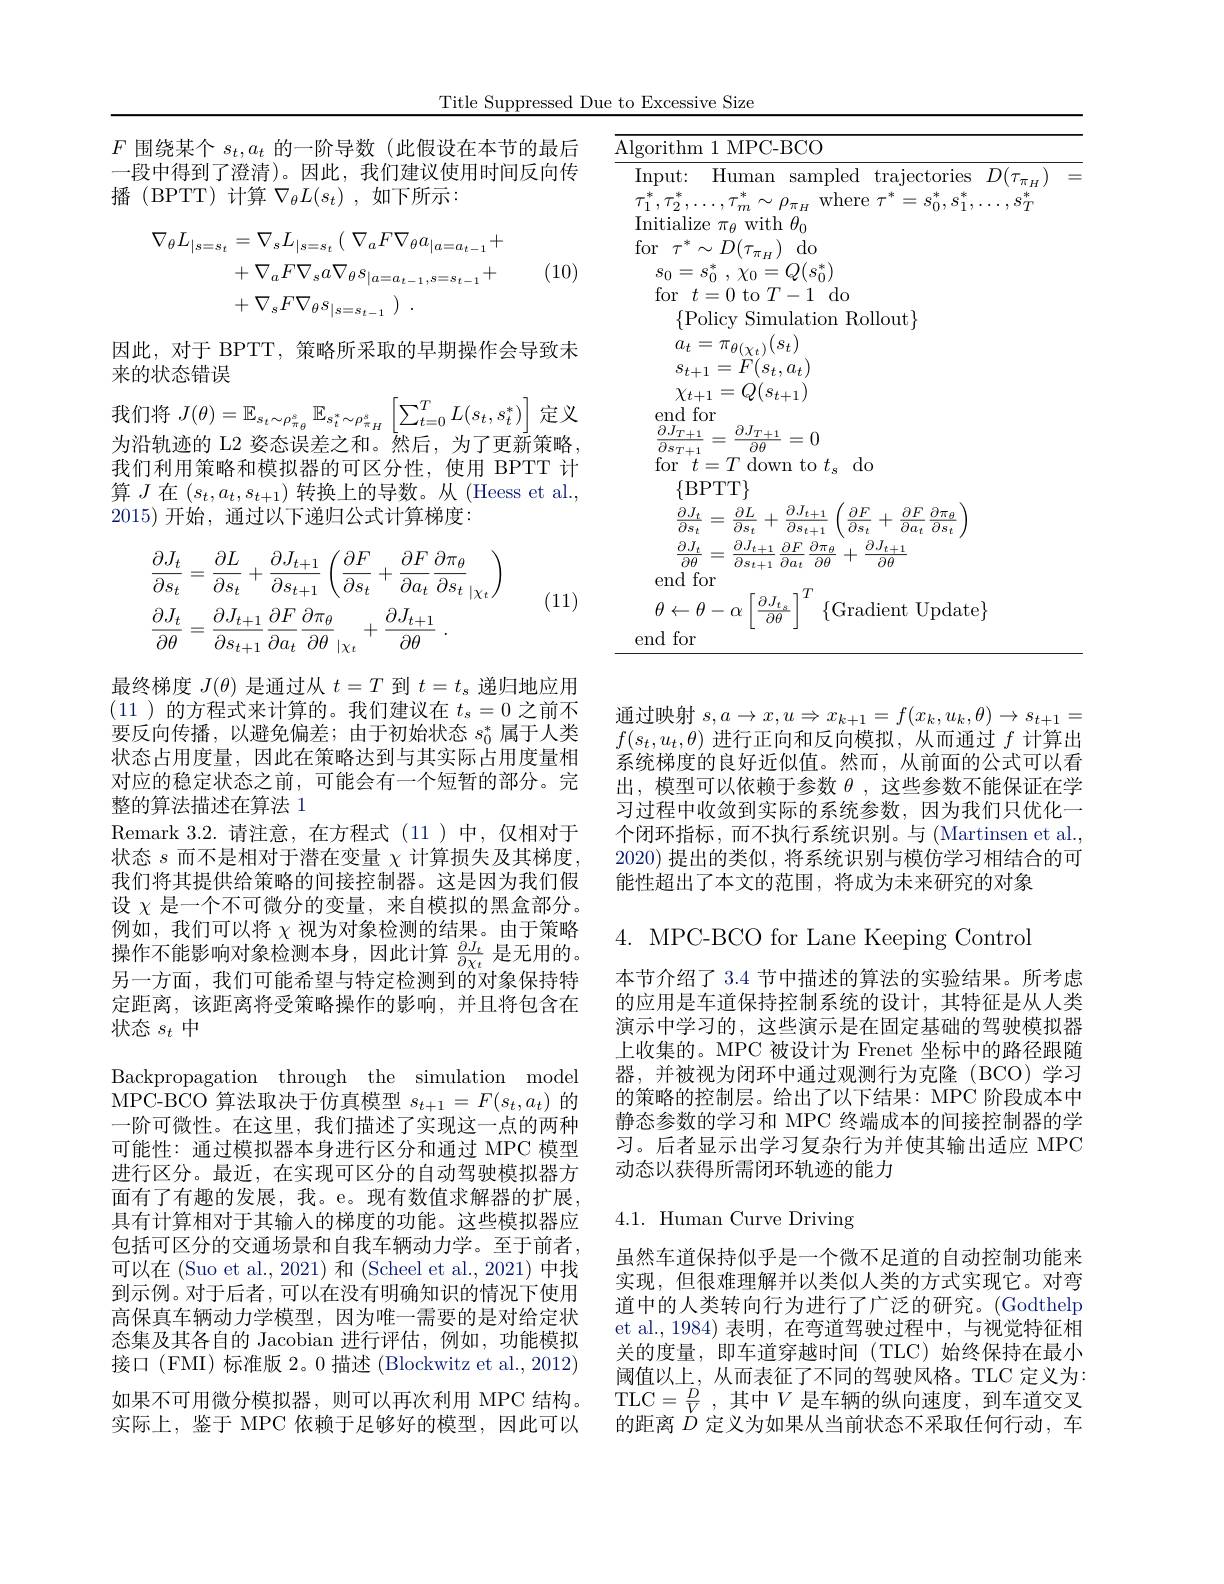
Title Suppressed Due to Excessive Size

$F$围绕某个$s_t,a_t$的一阶导数(此假设在本节的最后一段中得到了澄清)。因此，我们建议使用时间反向传播(BPTT)计算$\nabla_\theta L(s_t)$,如下所示：
$$\begin{aligned}\nabla_{\theta}L_{|s=s_{t}}&=\nabla_{s}L_{|s=s_{t}}\:(\:\nabla_{a}F\nabla_{\theta}a_{|a=a_{t-1}}+\\&+\nabla_{a}F\nabla_{s}a\nabla_{\theta}s_{|a=a_{t-1},s=s_{t-1}}+\\&+\nabla_{s}F\nabla_{\theta}s_{|s=s_{t-1}}\:)\:.\end{aligned}$$
(10)

因此，对于 BPTT, 策略所采取的早期操作会导致未
来的状态错误

我们将$J(\theta)=\mathbb{E}_{s_{t}\sim\rho_{\pi_{\theta}}^{s}}\mathbb{E}_{s_{t}^{*}\sim\rho_{\pi_{H}}^{s}}\left[\sum_{t=0}^{T}L(s_{t},s_{t}^{*})\right]$定义

为沿轨迹的 L2 姿态误差之和。然后，为了更新策略。我们利用策略和模拟器的可区分性，使用 BPTT 计算$J$在$(s_t,a_t,s_{t+1})$转换上的导数。从(Heess et al., 2015)开始，通过以下递归公式计算梯度：
$$\begin{aligned}&\frac{\partial J_{t}}{\partial s_{t}}=\frac{\partial L}{\partial s_{t}}+\frac{\partial J_{t+1}}{\partial s_{t+1}}\left(\frac{\partial F}{\partial s_{t}}+\frac{\partial F}{\partial a_{t}}\frac{\partial\pi_{\theta}}{\partial s_{t}}_{|\chi_{t}}\right)\\&\frac{\partial J_{t}}{\partial\theta}=\frac{\partial J_{t+1}}{\partial s_{t+1}}\frac{\partial F}{\partial a_{t}}\frac{\partial\pi_{\theta}}{\partial\theta}_{|\chi_{t}}+\frac{\partial J_{t+1}}{\partial\theta}\:.\end{aligned}$$
(11)

最终梯度$J(\theta)$是通过从$t=T$到$t=t_\mathrm{s}$递归地应用(11 )的方程式来计算的。我们建议在$t_s=0$之前不要反向传播，以避免偏差；由于初始状态$s_0^*$属于人类状态占用度量，因此在策略达到与其实际占用度量相对应的稳定状态之前，可能会有一个短暂的部分。完整的算法描述在算法 1
Remark 3. 2. 请注意，在方程式(11)中，仅相对于状态$s$而不是相对于潜在变量$\chi$计算损失及其梯度， 我们将其提供给策略的间接控制器。这是因为我们假设$\chi$是一个不可微分的变量，来自模拟的黑盒部分。例如，我们可以将$\chi$视为对象检测的结果。由于策略操作不能影响对象检测本身，因此计算$\frac{\partial J_t}{\partial\chi_t}$是无用的。另一方面，我们可能希望与特定检测到的对象保持特定距离，该距离将受策略操作的影响，并且将包含在状态$s_t$中
Backpropagation through the simulation model $\bar{\text{MPC-BCO 算法取决于仿真模型 }}s_{t+1}=F(s_t,a_t)$的一阶可微性。在这里，我们描述了实现这一点的两种可能性：通过模拟器本身进行区分和通过 MPC 模型进行区分。最近，在实现可区分的自动驾驶模拟器方面有了有趣的发展，我。e。现有数值求解器的扩展， 具有计算相对于其输入的梯度的功能。这些模拟器应包括可区分的交通场景和自我车辆动力学。至于前者， 可以在 (Suo et al., 2021) 和 (Scheel et al., 2021) 中找到示例。对于后者，可以在没有明确知识的情况下使用高保真车辆动力学模型，因为唯一需要的是对给定状态集及其各自的 Jacobian 进行评估，例如，功能模拟接口 (FMI) 标准版 2。0 描述 (Blockwitz et al., 2012) 如果不可用微分模拟器，则可以再次利用 MPC 结构。实际上，鉴于 MPC 依赖于足够好的模型，因此可以

=
$$\begin{aligned}&\frac{\partial J_{t}}{\partial s_{t}}=\frac{\partial L}{\partial s_{t}}+\frac{\partial J_{t+1}}{\partial s_{t+1}}\left(\frac{\partial F}{\partial s_{t}}+\frac{\partial F}{\partial a_{t}}\frac{\partial\pi_{\theta}}{\partial s_{t}}\right)\\&\frac{\partial J_{t}}{\partial\theta}=\frac{\partial J_{t+1}}{\partial s_{t+1}}\frac{\partial F}{\partial a_{t}}\frac{\partial\pi_{\theta}}{\partial\theta}+\frac{\partial J_{t+1}}{\partial\theta}\end{aligned}$$
通过映射$s,a\to x,u\Rightarrow x_{k+1}=f(x_k,u_k,\theta)\to s_{t+1}=$ $f(s_t,u_t,\theta)$进行正向和反向模拟，从而通过$f$计算出系统梯度的良好近似值。然而，从前面的公式可以看出，模型可以依赖于参数$\theta$,这些参数不能保证在学习过程中收敛到实际的系统参数，因为我们只优化一个闭环指标，而不执行系统识别。与 (Martinsen et al., 2020)提出的类似，将系统识别与模仿学习相结合的可能性超出了本文的范围，将成为未来研究的对象$4.{\mathrm{~MPC-BCO~for~Lane~Keeping~Control}}$ 本节介绍了 3.4 节中描述的算法的实验结果。所考虑的应用是车道保持控制系统的设计，其特征是从人类演示中学习的，这些演示是在固定基础的驾驶模拟器上收集的。MPC 被设计为 Frenet 坐标中的路径跟随器，并被视为闭环中通过观测行为克隆(BCO)学习的策略的控制层。给出了以下结果：MPC 阶段成本中静态参数的学习和 MPC 终端成本的间接控制器的学习。后者显示出学习复杂行为并使其输出适应 MPC 动态以获得所需闭环轨迹的能力

# 4.1. Human Curve Driving

虽然车道保持似乎是一个微不足道的自动控制功能来实现，但很难理解并以类似人类的方式实现它。对弯道中的人类转向行为进行了广泛的研究。(Godthelp et al.,1984) 表明，在弯道驾驶过程中，与视觉特征相关的度量，即车道穿越时间(TLC)始终保持在最小阈值以上，从而表征了不同的驾驶风格。TLC 定义为： TLC$=\frac DV$,其中$V$是车辆的纵向速度，到车道交叉的距离$\check{D}$定义为如果从当前状态不采取任何行动，车